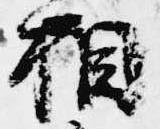
相